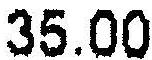
35.00